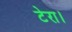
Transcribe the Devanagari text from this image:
टेरा।